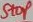
Text: Stop